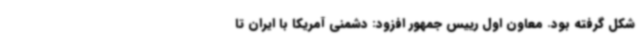
شکل گرفته بود. معاون اول رییس جمهور افزود: دشمنی آمریکا با ایران تا